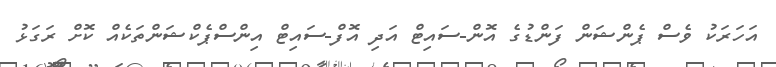
އަހަރަކު ވެސް ޕެންޝަން ފަންޑުގެ އޮން-ސައިޓް އަދި އޮފް-ސައިޓް އިންސްޕެކްޝަންތަކެއް ކޮށް ރަގަޅު